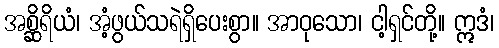
အစ္ဆိရိယံ၊ အံ့ဖွယ်သရဲရှိပေးစွာ။ အာဝုသော၊ ငါ့ရှင်တို့။ ဣဒံ၊